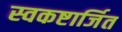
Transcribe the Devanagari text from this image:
स्वकष्टार्जित